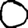
Digit: 0